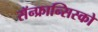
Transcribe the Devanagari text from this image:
सॅन्‍फ्रान्सिस्को